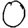
Digit: 0